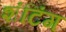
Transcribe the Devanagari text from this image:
शंटिंग